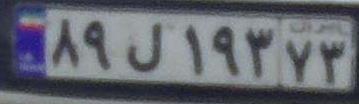
۸۹ل۱۹۳۷۳